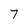
Character: 7